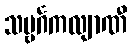
သဗ္ဗင်္ဂကလျာဏီ